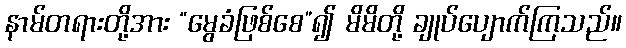
နာမ်တရားတို့အား “မွေခံဖြစ်စေ”၍ မိမိတို့ ချုပ်ပျောက်ကြသည်။